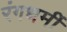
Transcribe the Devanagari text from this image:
रंगधर्मी